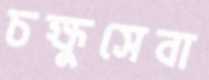
চক্ষুসেবা